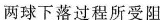
两球下落过程所受阻